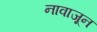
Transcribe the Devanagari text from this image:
नावाजून